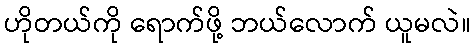
ဟိုတယ်ကို ရောက်ဖို့ ဘယ်လောက် ယူမလဲ။